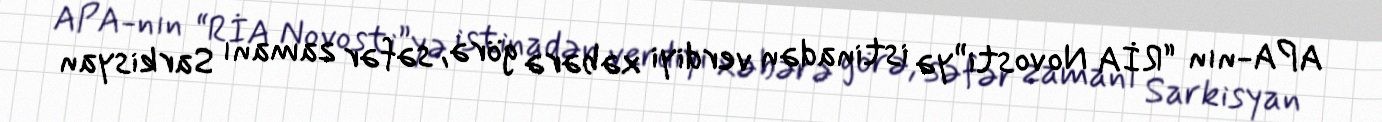
APA-nın “RİA Novosti”yə istinadən verdiyi xəbərə görə, səfər zamanı Sarkisyan